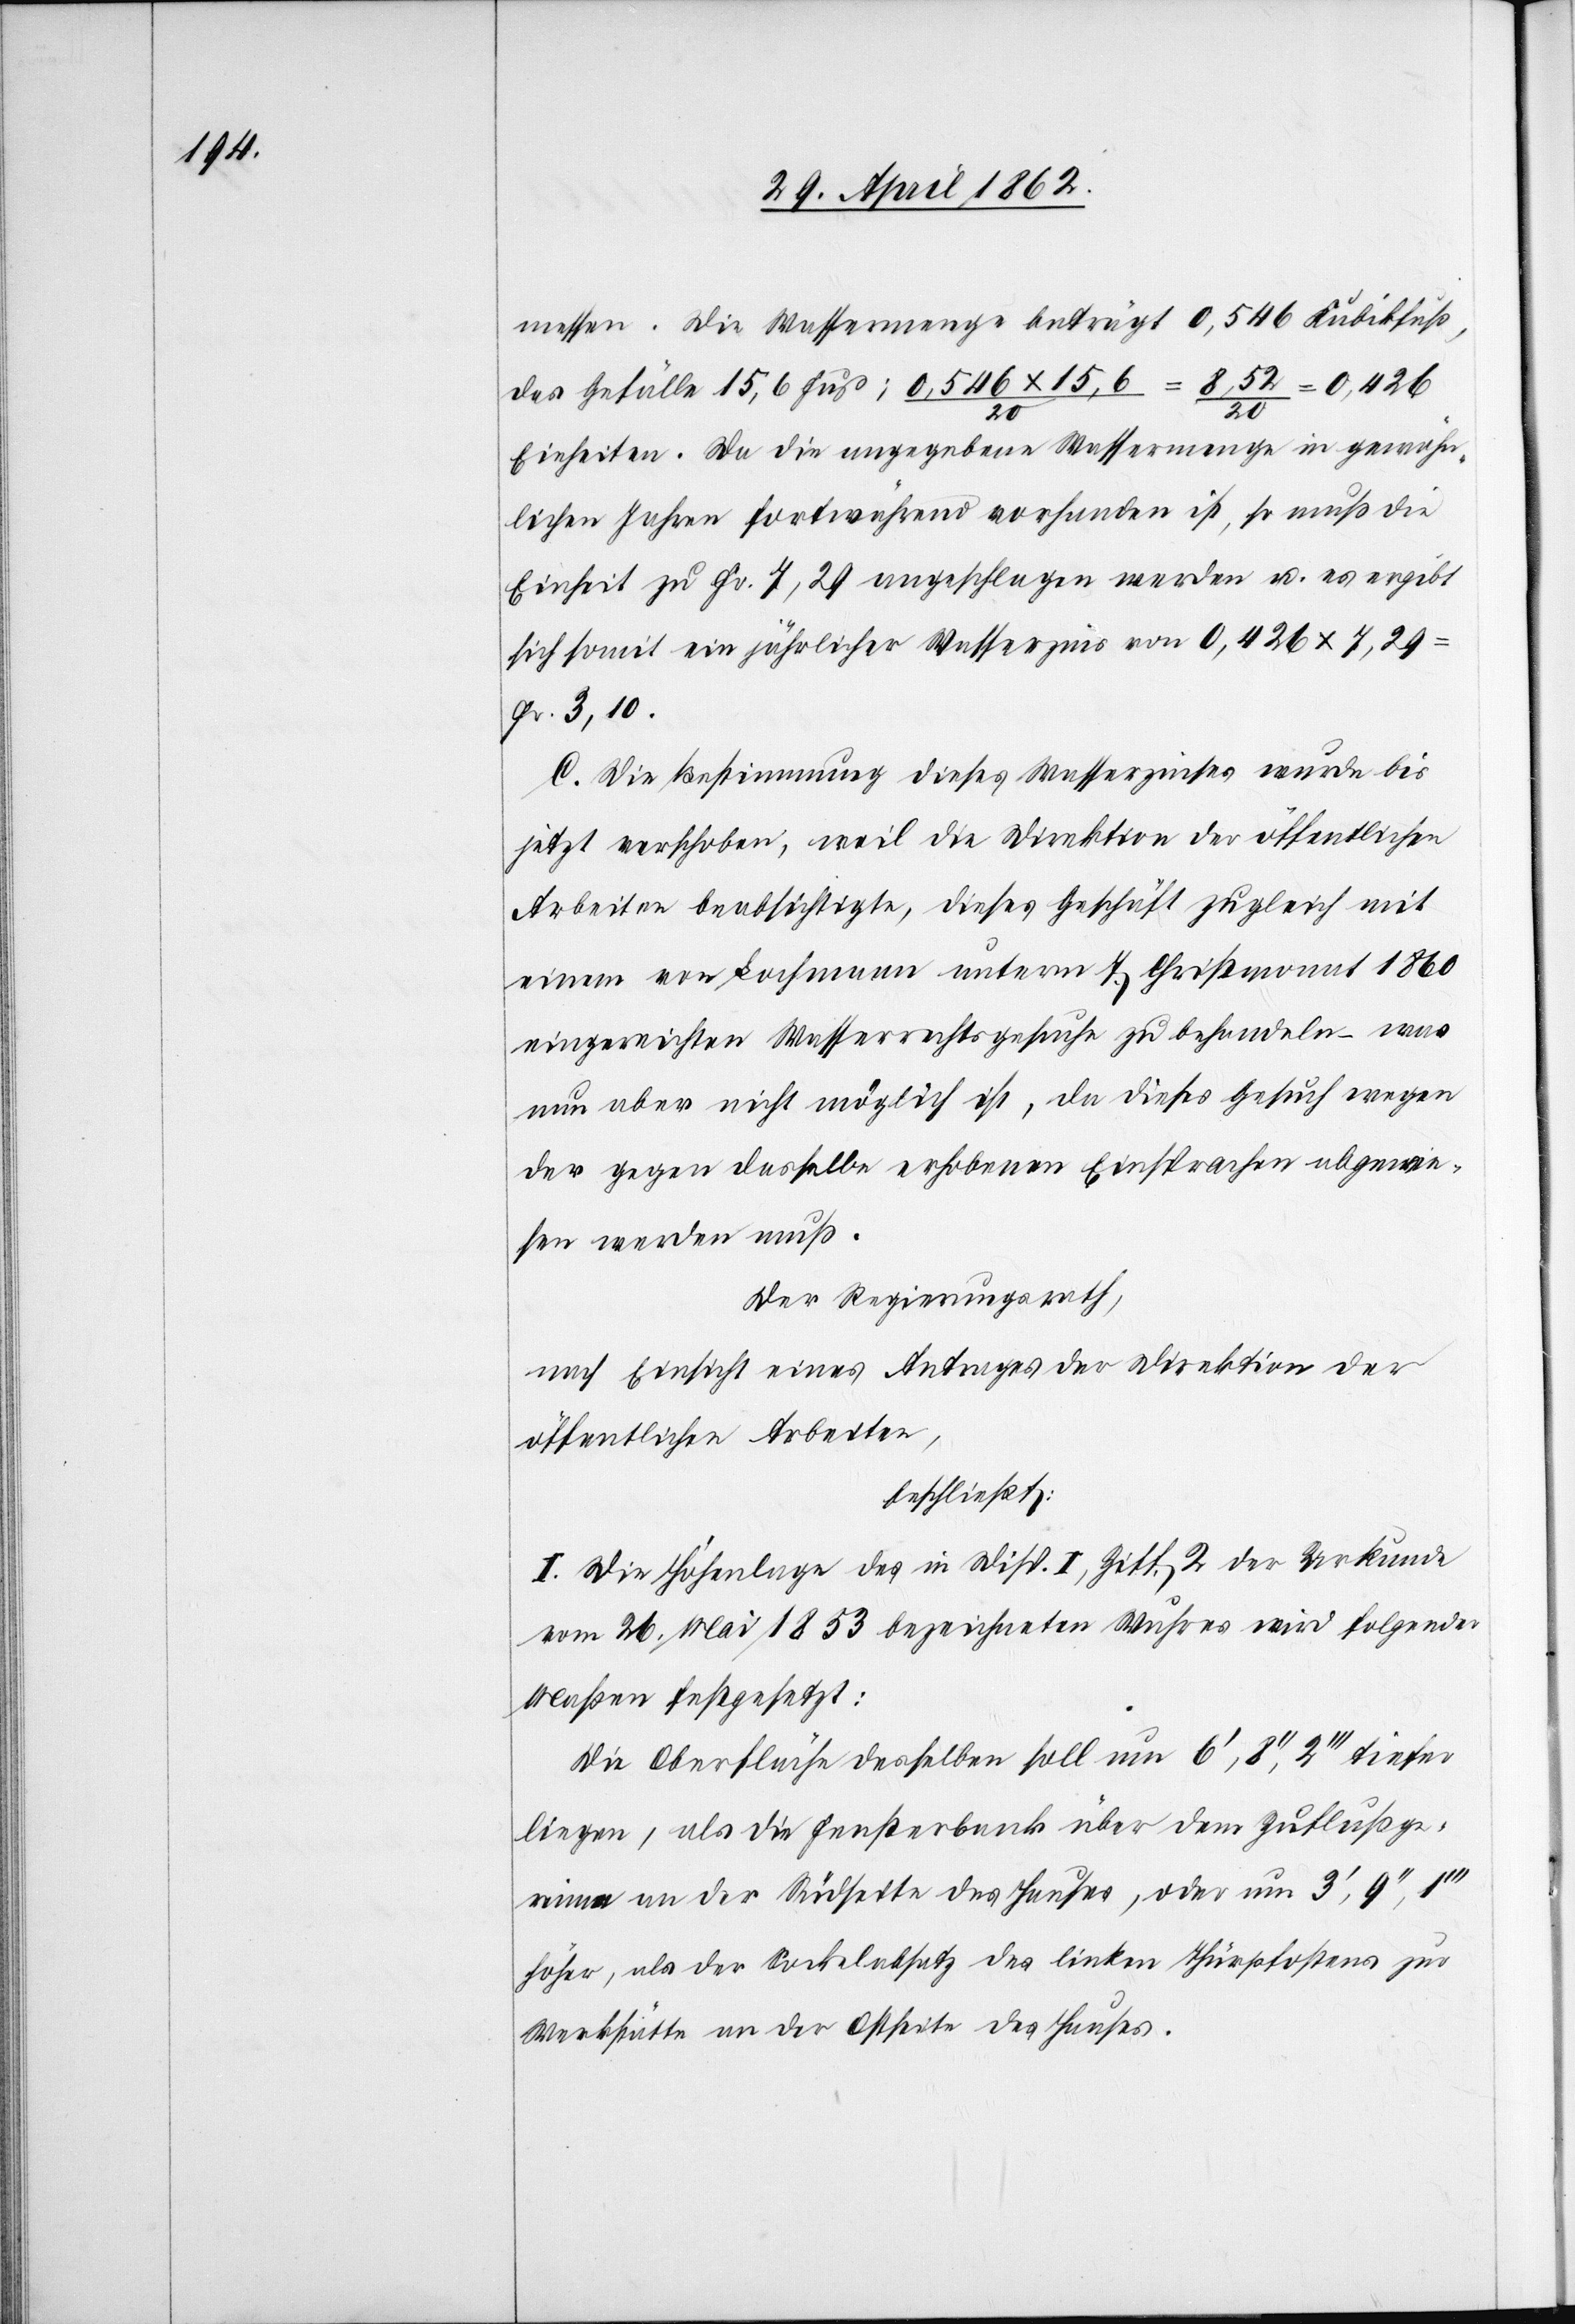
messen. Die Wassermenge beträgt 0,546 Kubikfuß,
= 0,426
das Gefälle 15,6 Fuß; 0,546x15,6/20
Einheiten. Da die angegebene Wassermenge in gewöhn¬
lichen Jahren fortwährend vorhanden ist, so muß die
Einheit zu Fr. 7,29 angeschlagen werden u. es ergibt
sich somit ein jährlicher Wasserzins von 0.426x7,29
Fr. 3,10.
C. Die Bestimmung dieses Wasserzinses wurde bis
jetzt verschoben, weil die Direktion der öffentlichen
Arbeiten beabsichtige, dieses Geschäft zugleich mit
einem von Lochmann unterm 7. Christmonat 1860
eingereichten Wasserrechtsgesuche zu behandeln – was
nun aber nicht möglich ist, da dieses Gesuch wegen
der gegen dasselbe erhobenen Einsprachen abgewie¬
sen werden muß.
Der Regierungsrath,
nach Einsicht eines Antrages der Direktion der
öffentlichen Arbeiten,
beschließt:
I. Die Höhenlage des in Disp. II, Ziff. 2 der Urkunde
vom 26. Mai 1853 bezeichneten Wuhres wird folgender
Maßen festgesetzt:
Die Oberfläche desselben soll nun 6’,8’’,2’’’ tiefer
liegen, als die Fensterbank über dem Zuflußge¬
rinne an der Südseite des Hauses, oder um 3’,9’’,1’’’
höher, als der Sockelabsatz des linken Thürpfostens zur
Werkstätte an der Ostseite des Hauses.